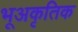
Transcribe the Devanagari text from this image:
भूअकृतिक